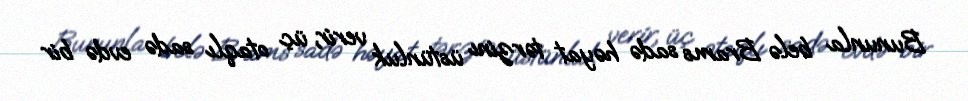
Bununla belə Brams sadə həyat tərzinı üstünluk verir, üç otaqlı sadə evdə bir